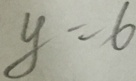
y = 6